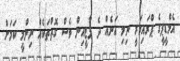
އެމްޑީޕީގެ ޕްރައިމަރީ ނިމި އަނެއް ދެ ޕާޓީއިން ވެސް ގޮތްތަކެއް ނިންމީ ކަމަށް